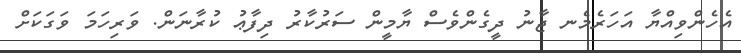
އެހެންވިއްޔާ އަހަރެމެނ ޖާނު ދީގެންވެސް ޔާމީން ސަރުކާރު ދިފާޢު ކުރާނަން. ވަރިހަމަ ވަގަކަށް